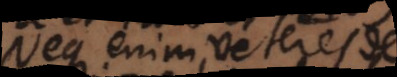
Neque enim Veteres de